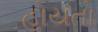
હોયતો